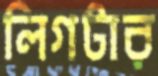
লিগটার